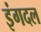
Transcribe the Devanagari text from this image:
इंगदल